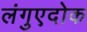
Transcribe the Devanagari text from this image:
लंगुएदोक